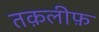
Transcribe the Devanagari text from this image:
तक़लीफ़